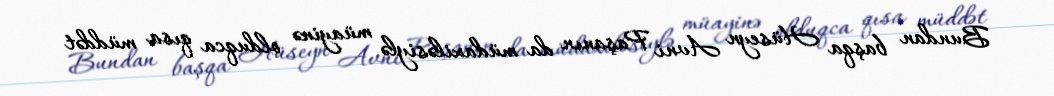
Bundan başqa Hüseyn Avni Paşanın da müdaxiləsiylə müayinə olduqca qısa müddət